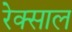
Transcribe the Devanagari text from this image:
रेक्साल